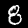
Label: 8